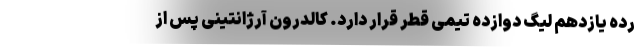
رده یازدهم لیگ دوازده تیمی قطر قرار دارد. کالدرون آرژانتینی پس از